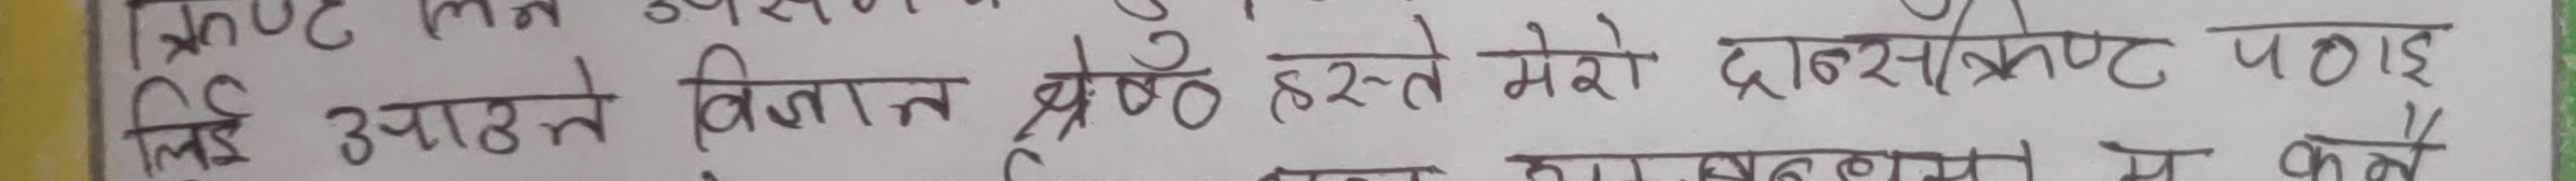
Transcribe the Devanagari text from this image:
लिए उठाने विज्ञान झोक हस्ते मेरो दार्शनिक पाई